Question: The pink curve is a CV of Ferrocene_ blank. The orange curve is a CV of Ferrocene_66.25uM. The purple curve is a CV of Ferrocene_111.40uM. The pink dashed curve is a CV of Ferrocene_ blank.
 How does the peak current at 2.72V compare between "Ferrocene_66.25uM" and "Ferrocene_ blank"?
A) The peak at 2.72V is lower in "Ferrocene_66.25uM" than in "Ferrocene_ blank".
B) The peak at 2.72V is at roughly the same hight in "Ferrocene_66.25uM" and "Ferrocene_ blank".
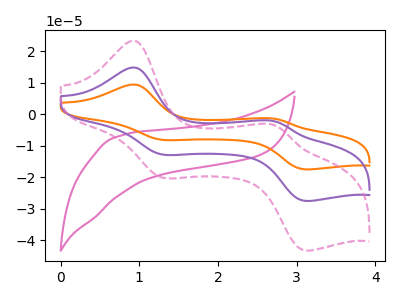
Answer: <think>The pink curve "Ferrocene_ blank" has no peaks. The orange curve "Ferrocene_66.25uM" has anodic peaks at (0.95V, 29.55uA) (2.70V, -4.40uA) and cathodic peaks at (1.30V, -25.70uA) (3.10V, -54.95uA). The purple curve "Ferrocene_111.40uM" has anodic peaks at (0.95V, 14.80uA) (2.70V, -2.20uA) and cathodic peaks at (1.30V, -12.85uA) (3.10V, -27.50uA). The pink dashed curve "Ferrocene_ blank" has anodic peaks at (0.95V, 23.25uA) (2.70V, -3.50uA) and cathodic peaks at (1.30V, -20.20uA) (3.10V, -43.20uA).</think>
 <answer>A) The peak at 2.72V is lower in "Ferrocene_66.25uM" than in "Ferrocene_ blank".</answer>
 <eval>A</eval>